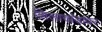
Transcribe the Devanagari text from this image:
शिलाखंडांवर